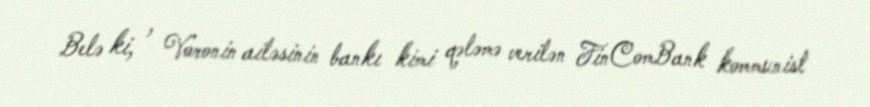
Belə ki, , Voronin ailəsinin bankı kimi qələmə verilən FinComBank kommunist